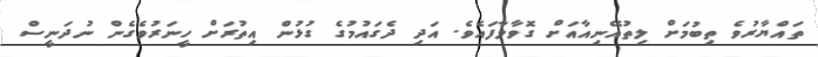
ތައްޔާރުވެ ތިބުމަށް ލިތުއޭނިއާއަށް ގޮވާލާފައެވެ. އަދި ދެގައުމުގެ ގުޅުން އިތުރަށް ހީނަރުވެގެން ނުދަނީސް